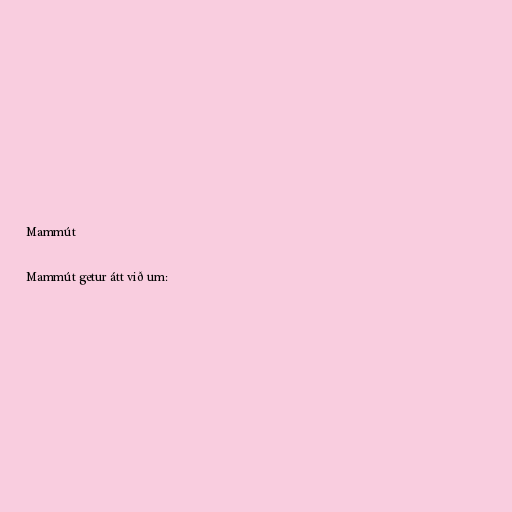
Mammút

Mammút getur átt við um: